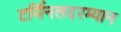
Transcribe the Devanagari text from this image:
टर्मिनलदरम्यान